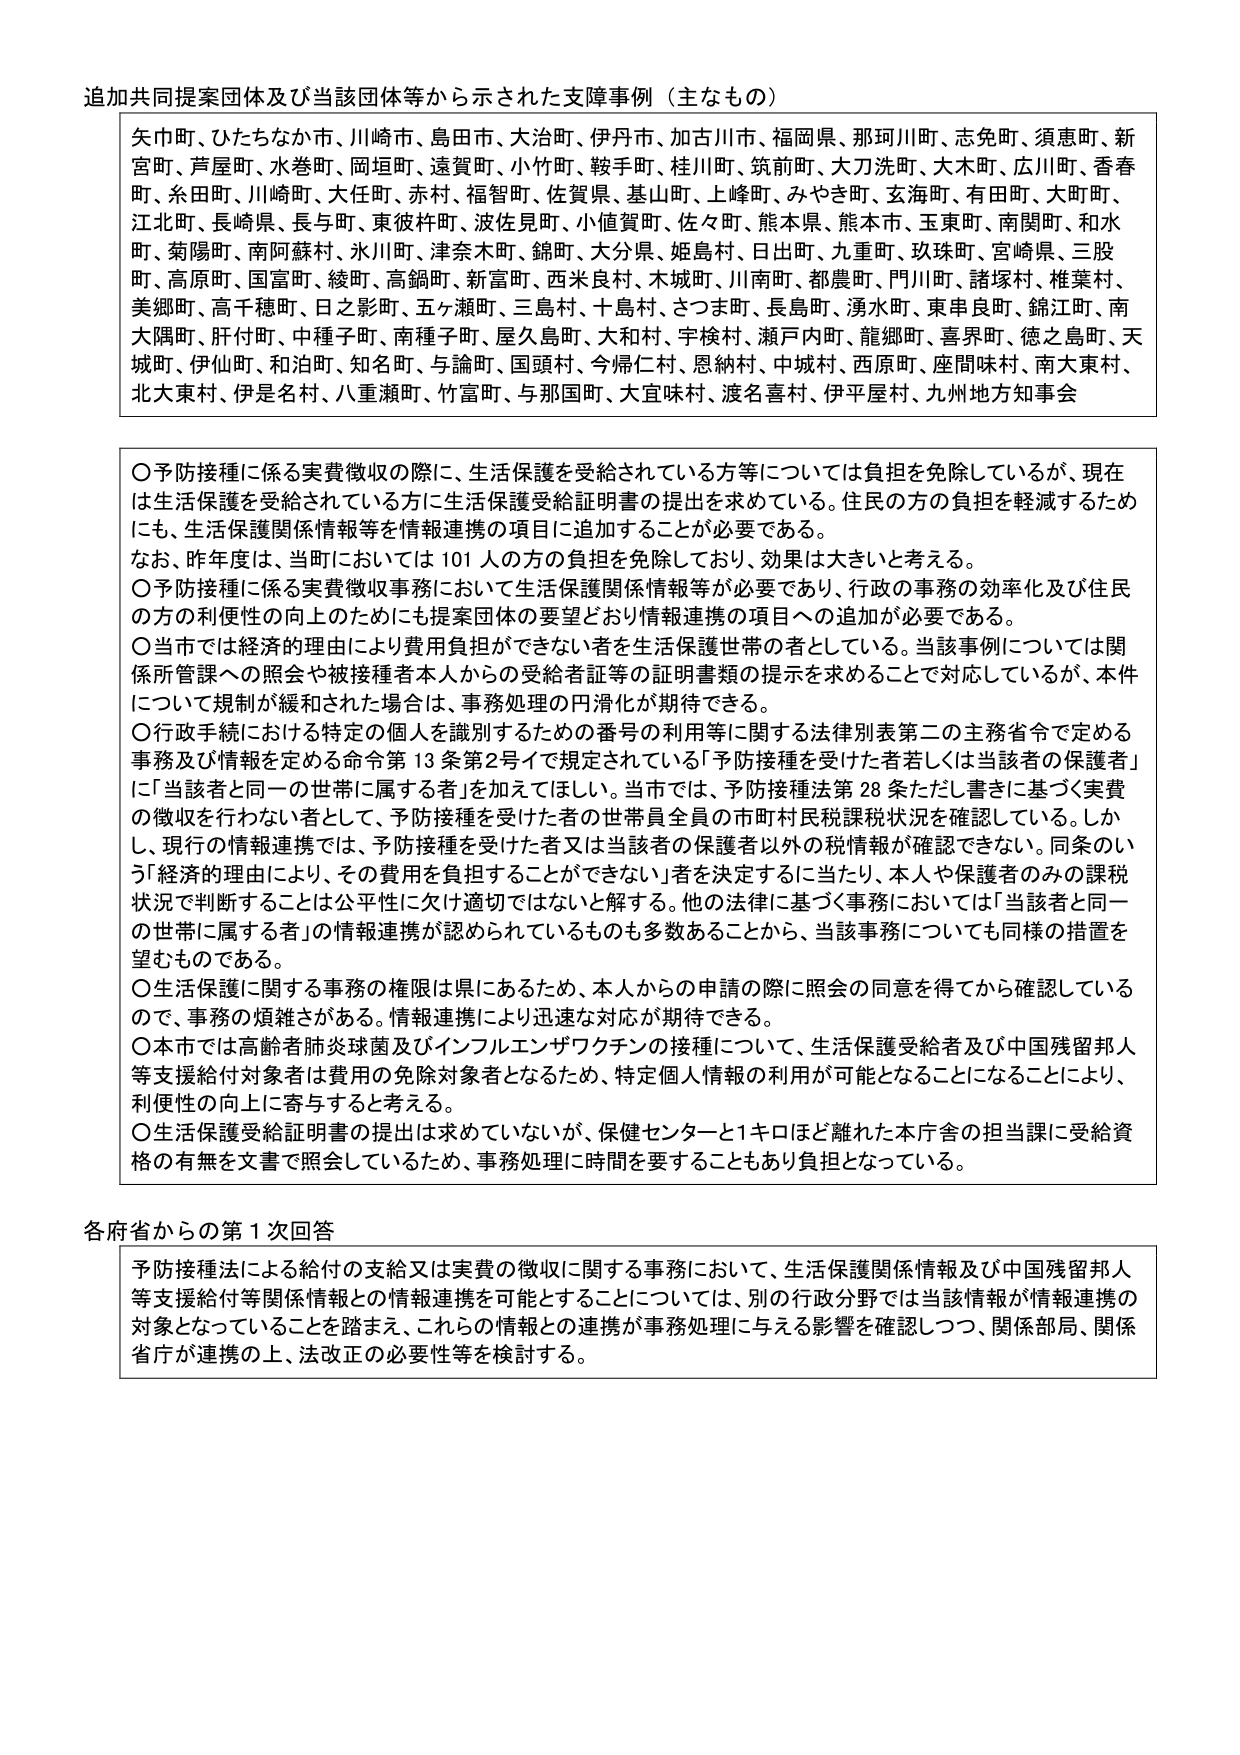
追加共同提案団体及び当該団体等から示された支援事例（主なもの）

矢巾町、ひたちなか市、川崎市、島田市、大治町、伊丹市、加古川市、福岡県、那珂川町、志免町、須恵町、新宮町、芦屋町、水巻町、岡垣町、遠賀町、小竹町、鞍手町、桂川町、筑前町、大刀洗町、大木町、広川町、香春町、糸田町、川崎町、大任町、赤村、福智町、佐賀県、基山町、上峰町、みやき町、玄海町、有田町、大町町、江北町、長崎県、長与町、東彼杵町、波佐見町、小値賀町、佐々町、熊本県、熊本市、玉東町、南関町、和水町、菊陽町、南阿蘇村、氷川町、津奈木町、錦町、大分県、姫島村、日出町、九重町、玖珠町、宮崎県、三股町、高原町、国富町、綾町、高鍋町、新富町、西米良村、木城町、川南町、都農町、門川町、諸塚村、椎葉村、美郷町、高千穂町、日之影町、五ヶ瀬町、三島村、十島村、さつま町、長島町、湧水町、東串良町、錦江町、南大隅町、肝付町、中種子町、南種子町、屋久島町、大和村、宇検村、瀬戸内町、龍郷町、喜界町、徳之島町、天城町、伊仙町、和泊町、知名町、与論町、国頭村、今帰仁村、恩納村、中城村、西原町、座間味村、南大東村、北大東村、伊是名村、八重瀬町、竹富町、与那国町、大宜味村、渡名喜村、伊平屋村、九州地方知事会

〇予防接種に係る実費徴収の際に、生活保護を受給されている方等については負担を免除しているが、現在は生活保護を受給されている方に生活保護受給証明書の提出を求めている。住民の方の負担を軽減するためにも、生活保護関係情報等を情報連携の項目に追加することが必要である。
なお、昨年度は、当町においては101人の方の負担を免除しており、効果は大きいと考える。
〇予防接種に係る実費徴収事務において生活保護関係情報等が必要であり、行政の事務の効率化及び住民の方の利便性の向上のためにも提案団体の要望どおり情報連携の項目への追加が必要である。
〇当市では経済的理由により費用負担ができない者を生活保護世帯の者としている。当該事例については関係所管課への照会や被接種者本人からの受給者証等の証明書類の提示を求めて対応しているが、本件について規制が緩和された場合は、事務処理の円滑化が期待できる。
〇行政手続における特定の個人を識別するための番号の利用等に関する法律別表第二の主務省令で定める事務及び情報を定める命令第13条第2号イで規定されている「予防接種を受けた者若しくは当該者の保護者」に「当該者と同一の世帯に属する者」を加えてほしい。当市では、予防接種法第28条ただし書きに基づく実費の徴収を行わない者として、予防接種を受けた者の世帯員全員の市町村民税課税状況を確認している。しかし、現行の情報連携では、予防接種を受けた者又は当該者の保護者以外の税情報が確認できない。同条のいう「経済的理由により、その費用を負担することができない」者を決定するに当たり、本人や保護者のみの課税状況で判断することは公平性に欠け適切ではないと解する。他の法律に基づく事務においては「当該者と同一の世帯に属する者」の情報連携が認められているものも多数あることから、当該事務についても同様の措置を望むものである。
〇生活保護に関する事務の権限は県にあるため、本人からの申請の際に照会の同意を得てから確認しているので、事務の煩雑さがある。情報連携により迅速な対応が期待できる。
〇本市では高齢者肺炎球菌及びインフルエンザワクチンの接種について、生活保護受給者及び中国残留邦人等支援給付対象者は費用の免除対象者となるため、特定個人情報の利用が可能となることになることにより、利便性の向上に寄与すると考える。
〇生活保護受給証明書の提出は求めていないが、保健センターと1キロほど離れた本庁舎の担当課に受給資格の有無を文書で照会しているため、事務処理に時間を要することもあり負担となっている。

各府省からの第1次回答

予防接種法による給付の支給又は実費の徴収に関する事務において、生活保護関係情報及び中国残留邦人等支援給付等関係情報との情報連携を可能とすることについては、別の行政分野では当該情報が情報連携の対象となっていることを踏まえ、これらの情報との連携が事務処理に与える影響を確認しつつ、関係部局、関係省庁が連携の上、法改正の必要性等を検討する。